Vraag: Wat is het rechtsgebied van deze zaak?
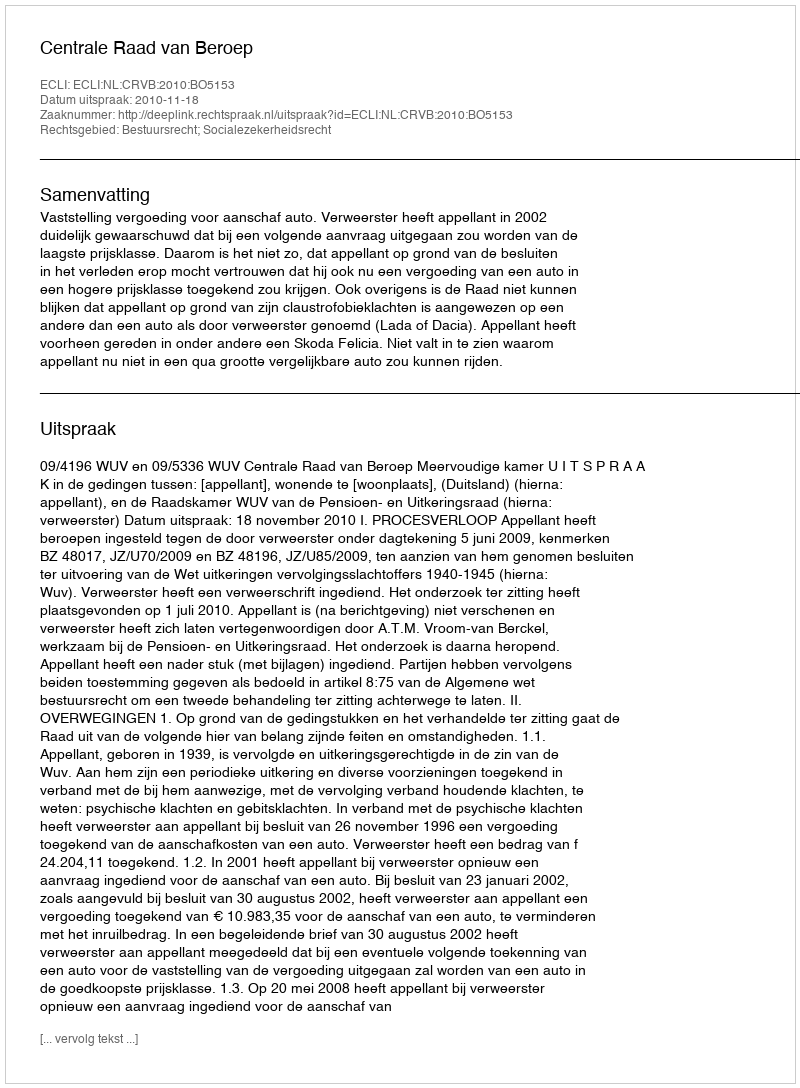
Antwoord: Bestuursrecht; Socialezekerheidsrecht